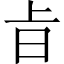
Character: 㫖